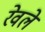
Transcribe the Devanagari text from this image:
रेवले